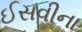
ઈસવીના